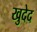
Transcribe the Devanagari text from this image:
खुदेद